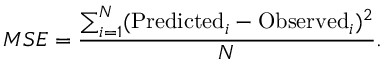
M S E = \frac { \sum _ { i = 1 } ^ { N } ( \mathrm { P r e d i c t e d } _ { i } - \mathrm { O b s e r v e d } _ { i } ) ^ { 2 } } { N } .